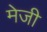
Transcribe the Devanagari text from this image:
मेजी